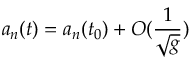
a _ { n } ( t ) = a _ { n } ( t _ { 0 } ) + O ( \frac { 1 } { \sqrt { g } } )